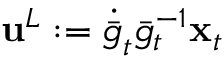
{ \mathbf { u } } ^ { L } : = \dot { \bar { g } } _ { t } \bar { g } _ { t } ^ { - 1 } { \mathbf { x } } _ { t }